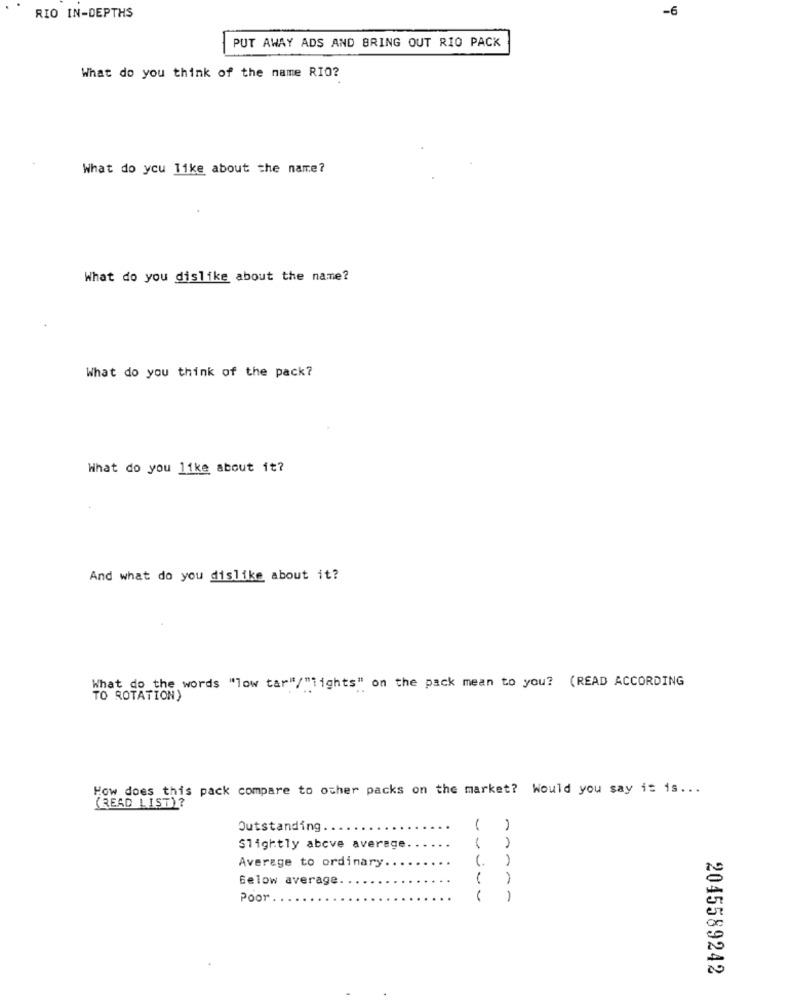
-6
RIO IN-DEPTHS
PUT AWAY ADS AND BRING OUT RIO PACK
What do you think of the name RIO?
What do you like about the name?
What do you dislike about the name?
What do you think of the pack?
What do you like about it?
And what do you dislike about it?
What do the words "low tar"/"lights" on the pack mean to you? (READ ACCORDING
TO ROTATION)
How does this pack compare to other packs on the market? Would you say it is ...
(READ LIST)?
Outstanding.
1
Slightly above average
Average to ordinary.
Below average.
Poor
----
2045589242